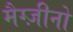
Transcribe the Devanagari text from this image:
मैग्ज़ीनो